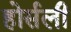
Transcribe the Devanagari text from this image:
होर्सली